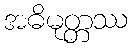
အဓိမုတ္တဿ